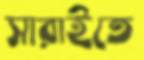
সারাইতে